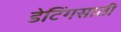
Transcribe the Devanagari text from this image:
डेटिंगसाठी